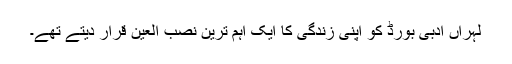
لہراں ادبی بورڈ کو اپنی زندگی کا ایک اہم ترین نصب العین قرار دیتے تھے۔